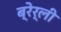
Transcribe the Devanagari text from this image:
ब्रेर्ली